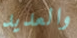
والعديد